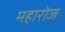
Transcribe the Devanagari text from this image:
महारोज